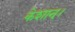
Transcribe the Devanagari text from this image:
केशान्।